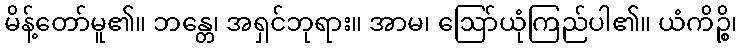
မိန့်တော်မူ၏။ ဘန္တေ၊ အရှင်ဘုရား။ အာမ၊ ဩော်ယုံကြည်ပါ၏။ ယံကိဉ္စိ၊